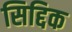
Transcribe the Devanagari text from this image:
सिद्दिक